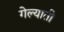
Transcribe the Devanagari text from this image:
गेल्याती